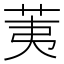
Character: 荑